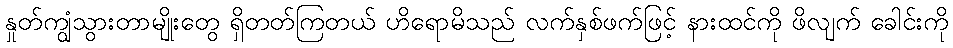
နှုတ်ကျွံသွားတာမျိုးတွေ ရှိတတ်ကြတယ် ဟိရောမိသည် လက်နှစ်ဖက်ဖြင့် နားထင်ကို ဖိလျက် ခေါင်းကို